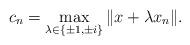
LaTeX: \begin{align*}c_n=\max_{\lambda\in\{\pm1,\pm i\}}\|x+\lambda x_n\|.\end{align*}